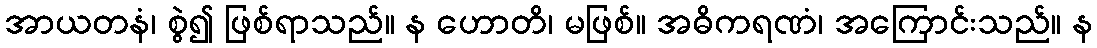
အာယတနံ၊ စွဲ၍ ဖြစ်ရာသည်။ န ဟောတိ၊ မဖြစ်။ အဓိကရဏံ၊ အကြောင်းသည်။ န